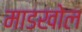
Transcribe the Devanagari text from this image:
माडखोल